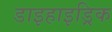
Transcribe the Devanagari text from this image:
डाइहाइड्रिक